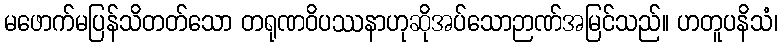
မဖောက်မပြန်သိတတ်သော တရုဏဝိပဿနာဟုဆိုအပ်သောဉာဏ်အမြင်သည်။ ဟတူပနိသံ၊